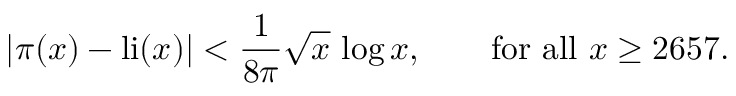
| \pi ( x ) - \operatorname { l i } ( x ) | < { \frac { 1 } { 8 \pi } } { \sqrt { x } } \, \log { x } , \qquad { \mathrm { f o r ~ a l l ~ } } x \geq 2 6 5 7 .